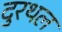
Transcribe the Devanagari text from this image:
दुरथल